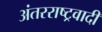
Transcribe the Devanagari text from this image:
अंतरराष्ट्रवादी